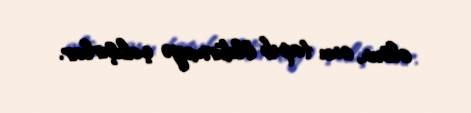
olsun, onu tapıb öldürməyə çalışırlar.